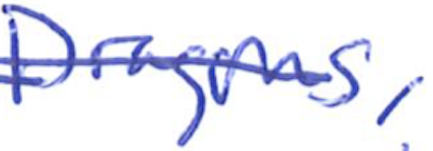
Text: Dragons,
Cross-out: diagonal
Writing tool: ballpoint